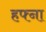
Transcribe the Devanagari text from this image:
हफ्ना